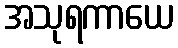
အသုရကာယေ